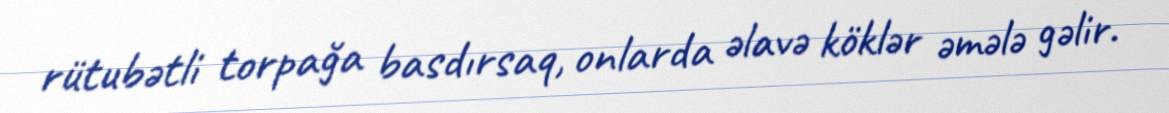
rütubətli torpağa basdırsaq, onlarda əlavə köklər əmələ gəlir.